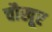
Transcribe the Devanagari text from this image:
चौखूर